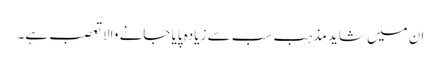
ان میں شاید مذہب سب سے زیادہ پایا جانے والاتعصب ہے۔